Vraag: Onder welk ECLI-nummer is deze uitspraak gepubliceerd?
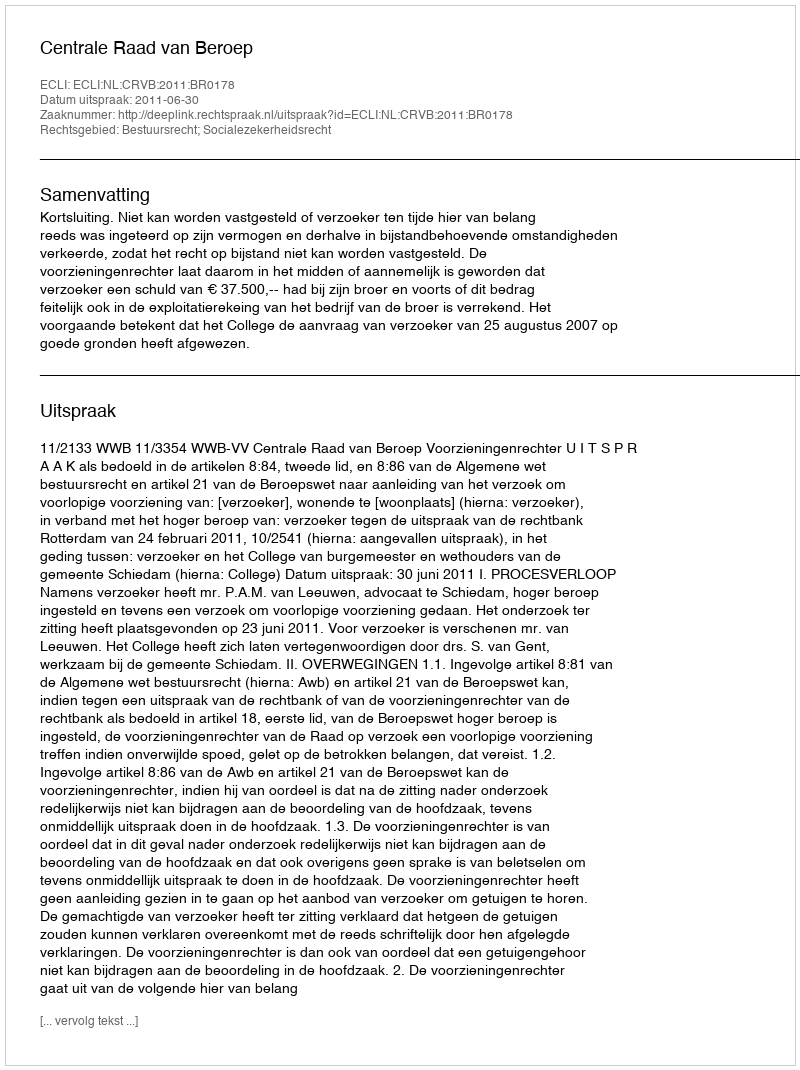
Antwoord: ECLI:NL:CRVB:2011:BR0178